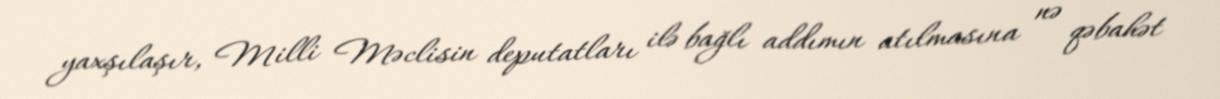
yaxşılaşır, Milli Məclisin deputatları ilə bağlı addımın atılmasına nə qəbahət